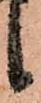
候